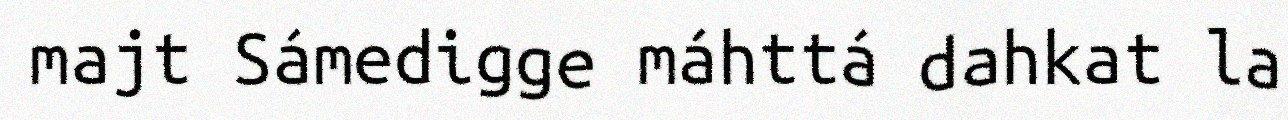
majt Sámedigge máhttá dahkat la